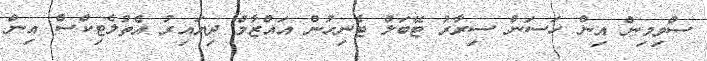
ސްވިމިން އިން ހަސަން ސިރާރު ޓޭބަލް ޓެނިހުން އައްޒާމް ދިޔައިރު އެތުލެޓިކްސް އިން